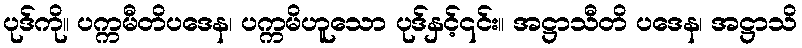
ပုဒ်ကို။ ပက္ကမီတိပဒေန၊ ပက္ကမိဟူသော ပုဒ်နှင့်၎င်း။ အဋ္ဌာသီတိ ပဒေန၊ အဋ္ဌာသိ